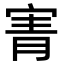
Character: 寈